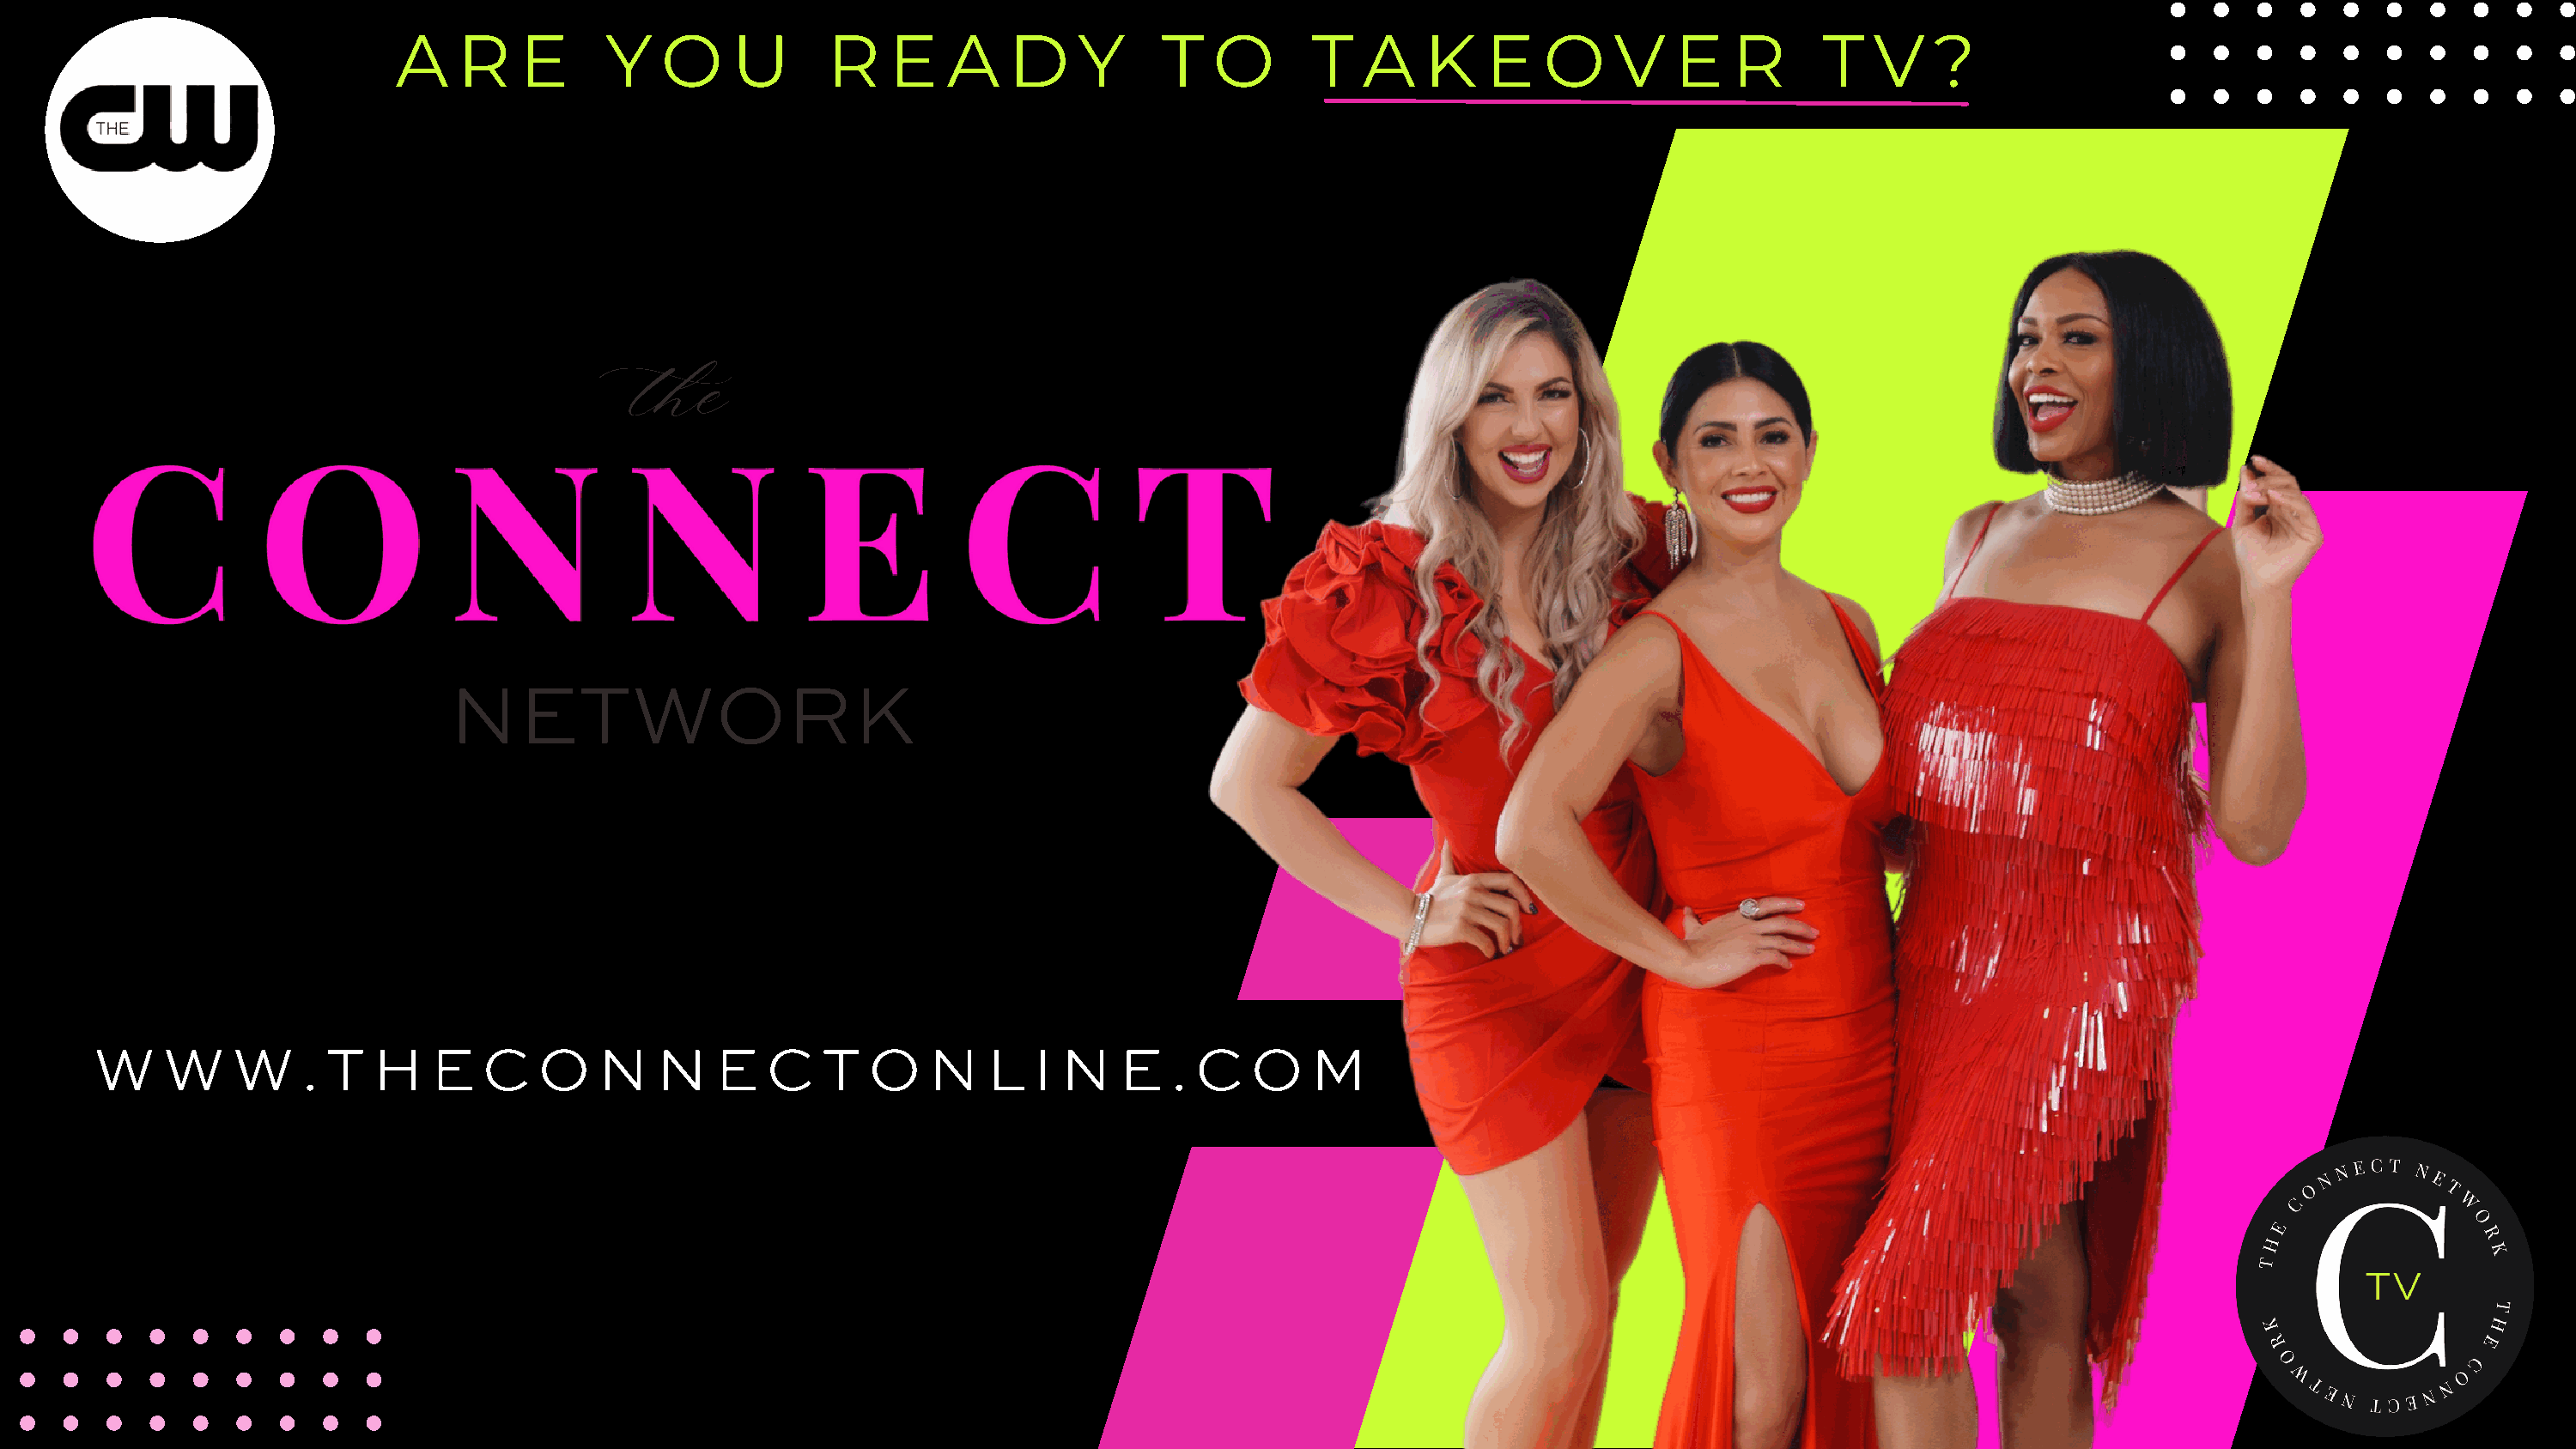
A   R    E      Y   O    U       R    E   A    D    Y      T   O      T   A    K    E   O    V    E    R      T  V    ?
 the
 NETWORK
 W     W    W    . T   H   E   C   O    N    N   E   C   T   O    N   L   I N   E   . C   O    M